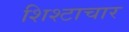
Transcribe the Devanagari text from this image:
शिश्टाचार